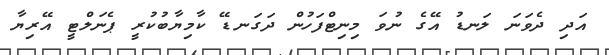
އަދި ދެވަނަ ލަނޑު އޭގެ ނުވަ މިނިޓްފަހުން ދަގަނޑޭ ކާމިޔާބުކުރީ ޕެނަލްޓީ އޭރިޔާ